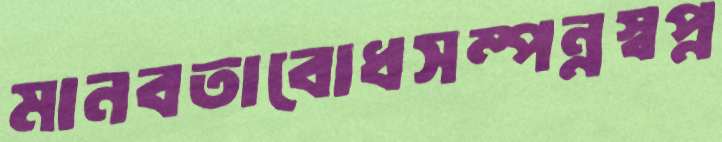
মানবতাবোধসম্পন্নস্বপ্ন